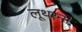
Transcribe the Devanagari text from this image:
लूथरनों